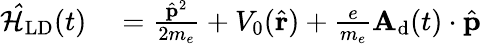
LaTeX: \begin{array}{rl}{\mathcal{\hat{H}}_{\textrm{LD}}(t)}&{{}=\frac{\hat{\mathbf{p}}^{2}}{2m_{e}}+V_{0}(\hat{\mathbf{r}})+\frac{e}{m_{e}}\mathbf{A_{\textrm{d}}}(t)\cdot\hat{\mathbf{p}}}\end{array}